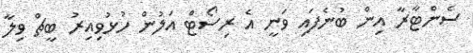
ސެންޓާރާ އިން ބުނެފައި ވަނީ އެ ރިސޯޓް އަލުން ހުޅުވިއިރު ބީޗް ވިލާ